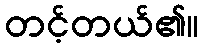
တင့်တယ်၏။